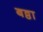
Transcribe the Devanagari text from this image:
बठ्ठा